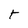
Character: t